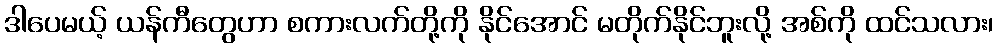
ဒါပေမယ့် ယန်ကီတွေဟာ စကားလက်တို့ကို နိုင်အောင် မတိုက်နိုင်ဘူးလို့ အစ်ကို ထင်သလား၊